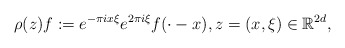
\begin{align*} \rho(z) f := e^{-\pi i x\xi} e^{2 \pi i \xi} f(\cdot-x), z=(x,\xi)\in {\mathbb{R}^{2d}},\end{align*}